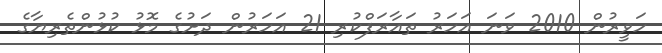
ހަވީރުން 2010 ވަނަ އަހަރު ތައާރަފްކުރި 21 އަހަރުން ދަށުގެ މޮޅު ކުޅުންތެރިޔާގެ